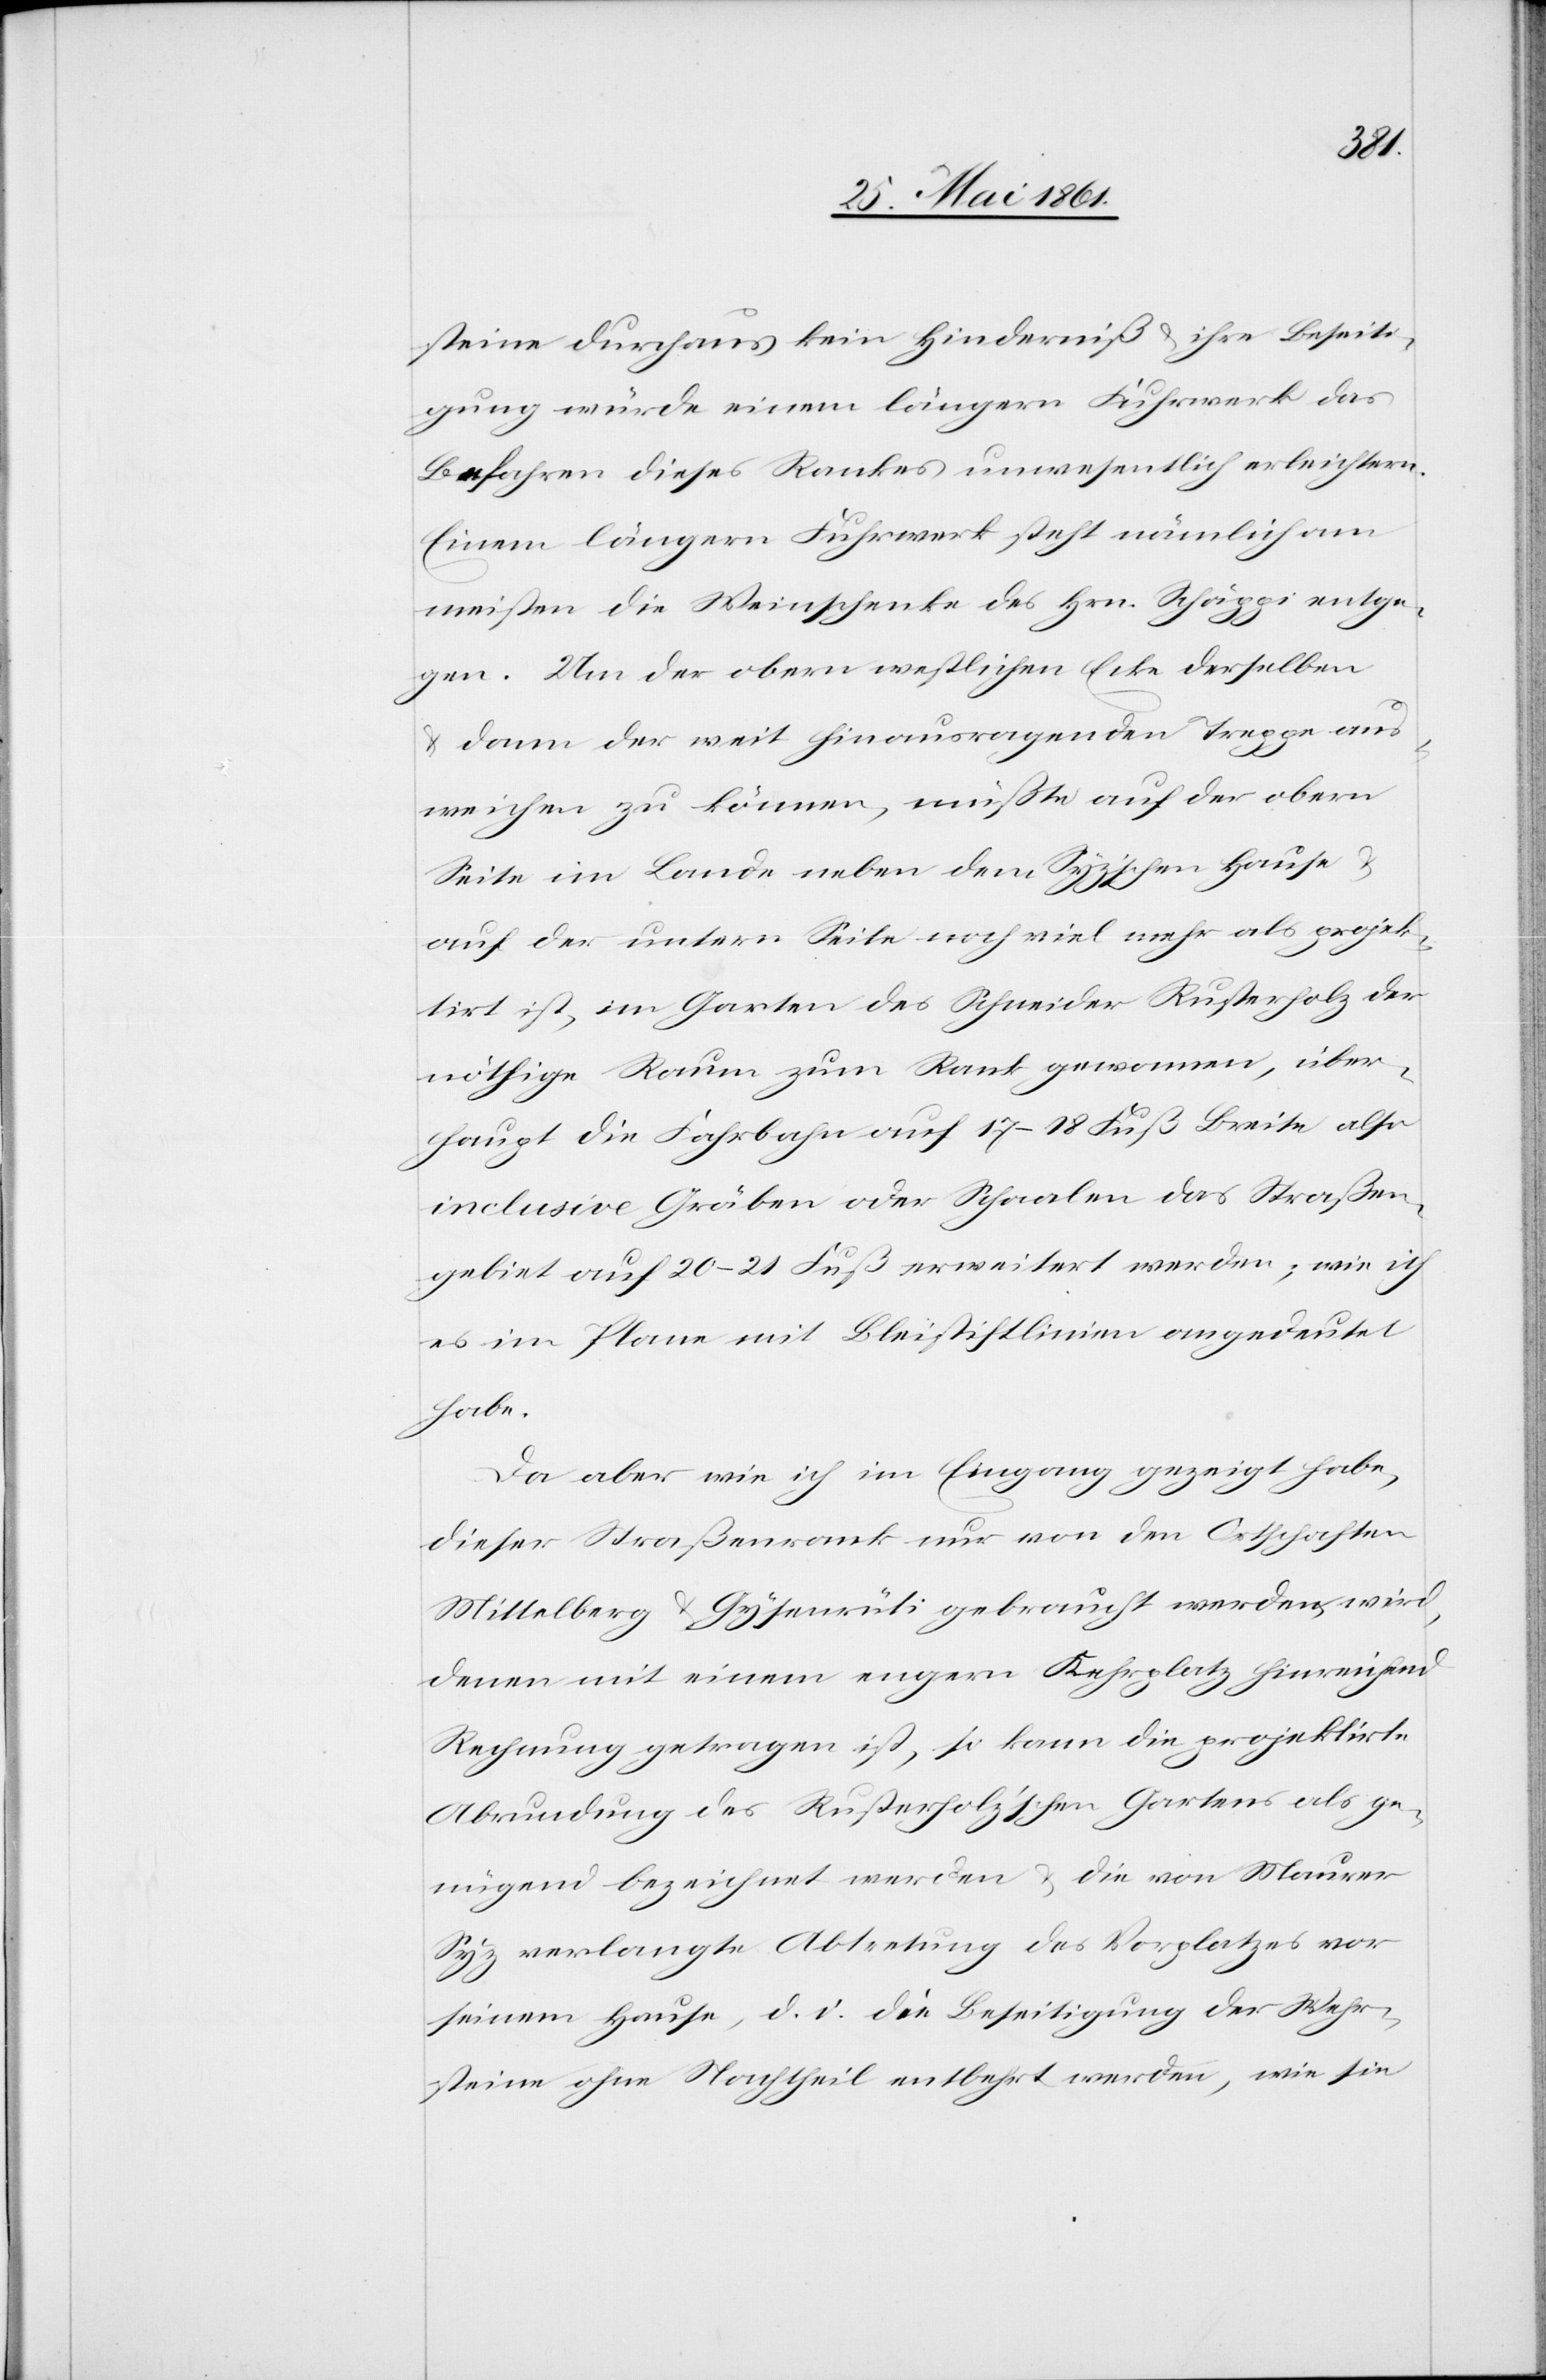
steine durchaus kein Hinderniß u. ihre Beseiti¬
gung würde einem längern Fuhrwerk das
Befahren dieses Rankes unwesentlich erleichtern.
Einem längern Fuhrwerk steht nämlich am
meisten die Weinschenke des Hrn. Schäppi entge¬
gen. Um der obern westlichen Ecke derselben
u. dann der weit hinausragenden Treppe aus¬
weichen zu können, müßte auf der obern
Seite im Lande neben dem Syz’schen Hause u.
auf der untern Seite noch viel mehr als projek¬
tirt ist, im Garten des Schneider Rusterholz der
nöthige Raum zum Rank gewonnen, über¬
haupt die Fahrbahn auf 17–18 Fuß Breite also
inclusive Gräben oder Schaalen das Straßen¬
gebiet auf 20–21 Fuß erweitert werden; wie ich
es im Plane mit Bleistiftlinien angedeutet
habe.
Da aber wie ich im Eingang gezeigt habe,
dieser Straßenrank nur von den Ortschaften
Mittelberg u. Gysenrüti gebraucht werden wird,
denen mit einem engern Fahrplatz hinreichend
Rechnung getragen ist, so kann die projektirte
Abrundung des Rusterholz’schen Gartens als ge¬
nügend bezeichnet werden u. die von Maurer
Syz verlangte Abtretung des Vorplatzes vor
seinem Hause, [?d. i.] die Beseitigung der Wehr¬
steine ohne Nachtheil entbehrt werden, wie sie